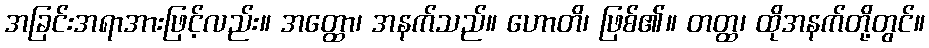
အခြင်းအရာအားဖြင့်လည်း။ အတ္ထော၊ အနက်သည်။ ဟောတိ၊ ဖြစ်၏။ တတ္ထ၊ ထိုအနက်တို့တွင်။